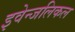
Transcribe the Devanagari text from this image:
इवेन्जलिकल